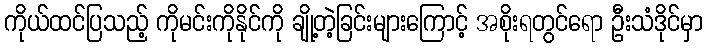
ကိုယ်ထင်ပြသည့် ကိုမင်းကိုနိုင်ကို ချို့တဲ့ခြင်းများကြောင့် အစိုးရတွင်ရော ဦးသံဒိုင်မှာ